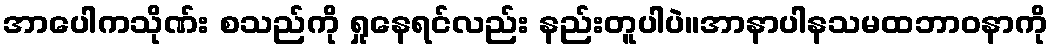
အာပေါကသိုဏ်း စသည်ကို ရှုနေရင်လည်း နည်းတူပါပဲ။အာနာပါနသမထဘာဝနာကို